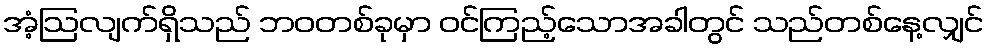
အံ့ဩလျက်ရှိသည် ဘဝတစ်ခုမှာ ဝင်ကြည့်သောအခါတွင် သည်တစ်နေ့လျှင်